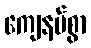
ကျေနပ်စွာ